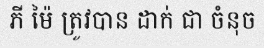
ភី ម៉ៃ ត្រូវបាន ដាក់ ជា ចំនុច